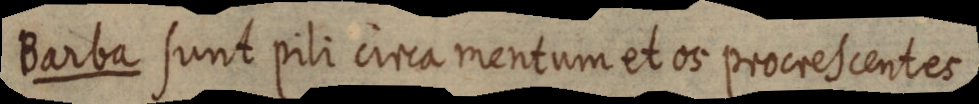
Barba sunt pili circa mentum et os procrescentes